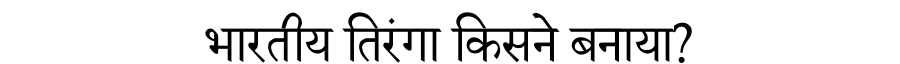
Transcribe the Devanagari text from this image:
भारतीय तिरंगा किसने बनाया?